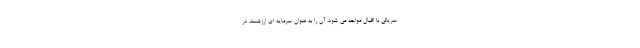
سریالی با اقبال مواجه می شود، آن را به عنوان سرمایه ای ارزشمند در